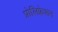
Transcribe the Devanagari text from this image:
प्रोलिफ्रेशन